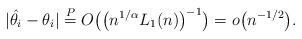
LaTeX: \begin{gather*}|\hat{\theta_i} - \theta_i| \overset{P}= O\bigl(\bigl(n^{1/\alpha}L_1(n)\bigr)^{-1}\bigr) = o\bigl(n^{-1/2}\bigr).\end{gather*}